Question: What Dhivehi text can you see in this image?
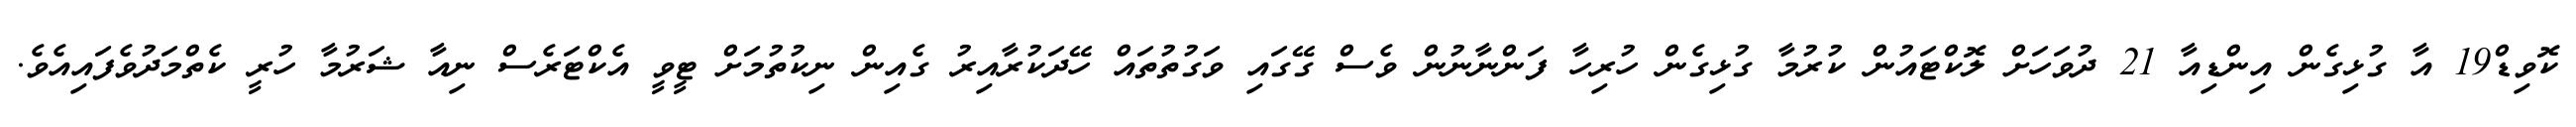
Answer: ކޮވިޑް19 އާ ގުޅިގެން އިންޑިއާ 21 ދުވަހަށް ލޮކްޓައުން ކުރުމާ ގުޅިގެން ހުރިހާ ފަންނާނުން ވެސް ގޭގައި ވަގުތުތައް ހޭދަކުރާއިރު ގެއިން ނިކުތުމަށް ޓީވީ އެކްޓަރެސް ނިއާ ޝަރުމާ ހުރީ ކެތްމަދުވެފައިއެވެ.